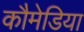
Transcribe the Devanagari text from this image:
कौमेडिया